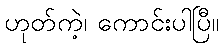
ဟုတ်ကဲ့၊ ကောင်းပါပြီ။